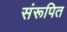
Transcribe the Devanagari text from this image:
संरूपित